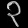
Digit: ၃